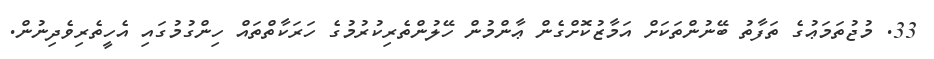
33. މުޖުތަމަޢުގެ ތަފާތު ބޭނުންތަކަށް އަމާޒުކޮށްގެން ޢާންމުން ހޭލުންތެރިކުރުމުގެ ހަރަކާތްތައް ހިންގުމުގައި އެހީތެރިވެދިނުން.